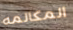
المكالمه